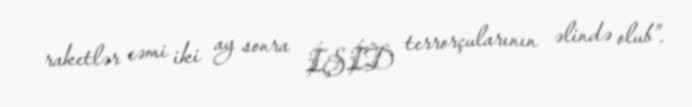
raketlər cəmi iki ay sonra İŞİD terrorçularının əlində olub”.